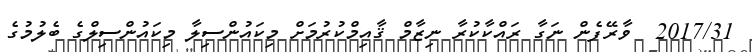
2017/31  ވާރޭފެން ނަގާ ރައްކާކުރާ ނިޒާމް ޤާއިމްކުރުމަށް މިކައުންސިލާ މިކައުންސިލްގެ ބެލުމުގެ